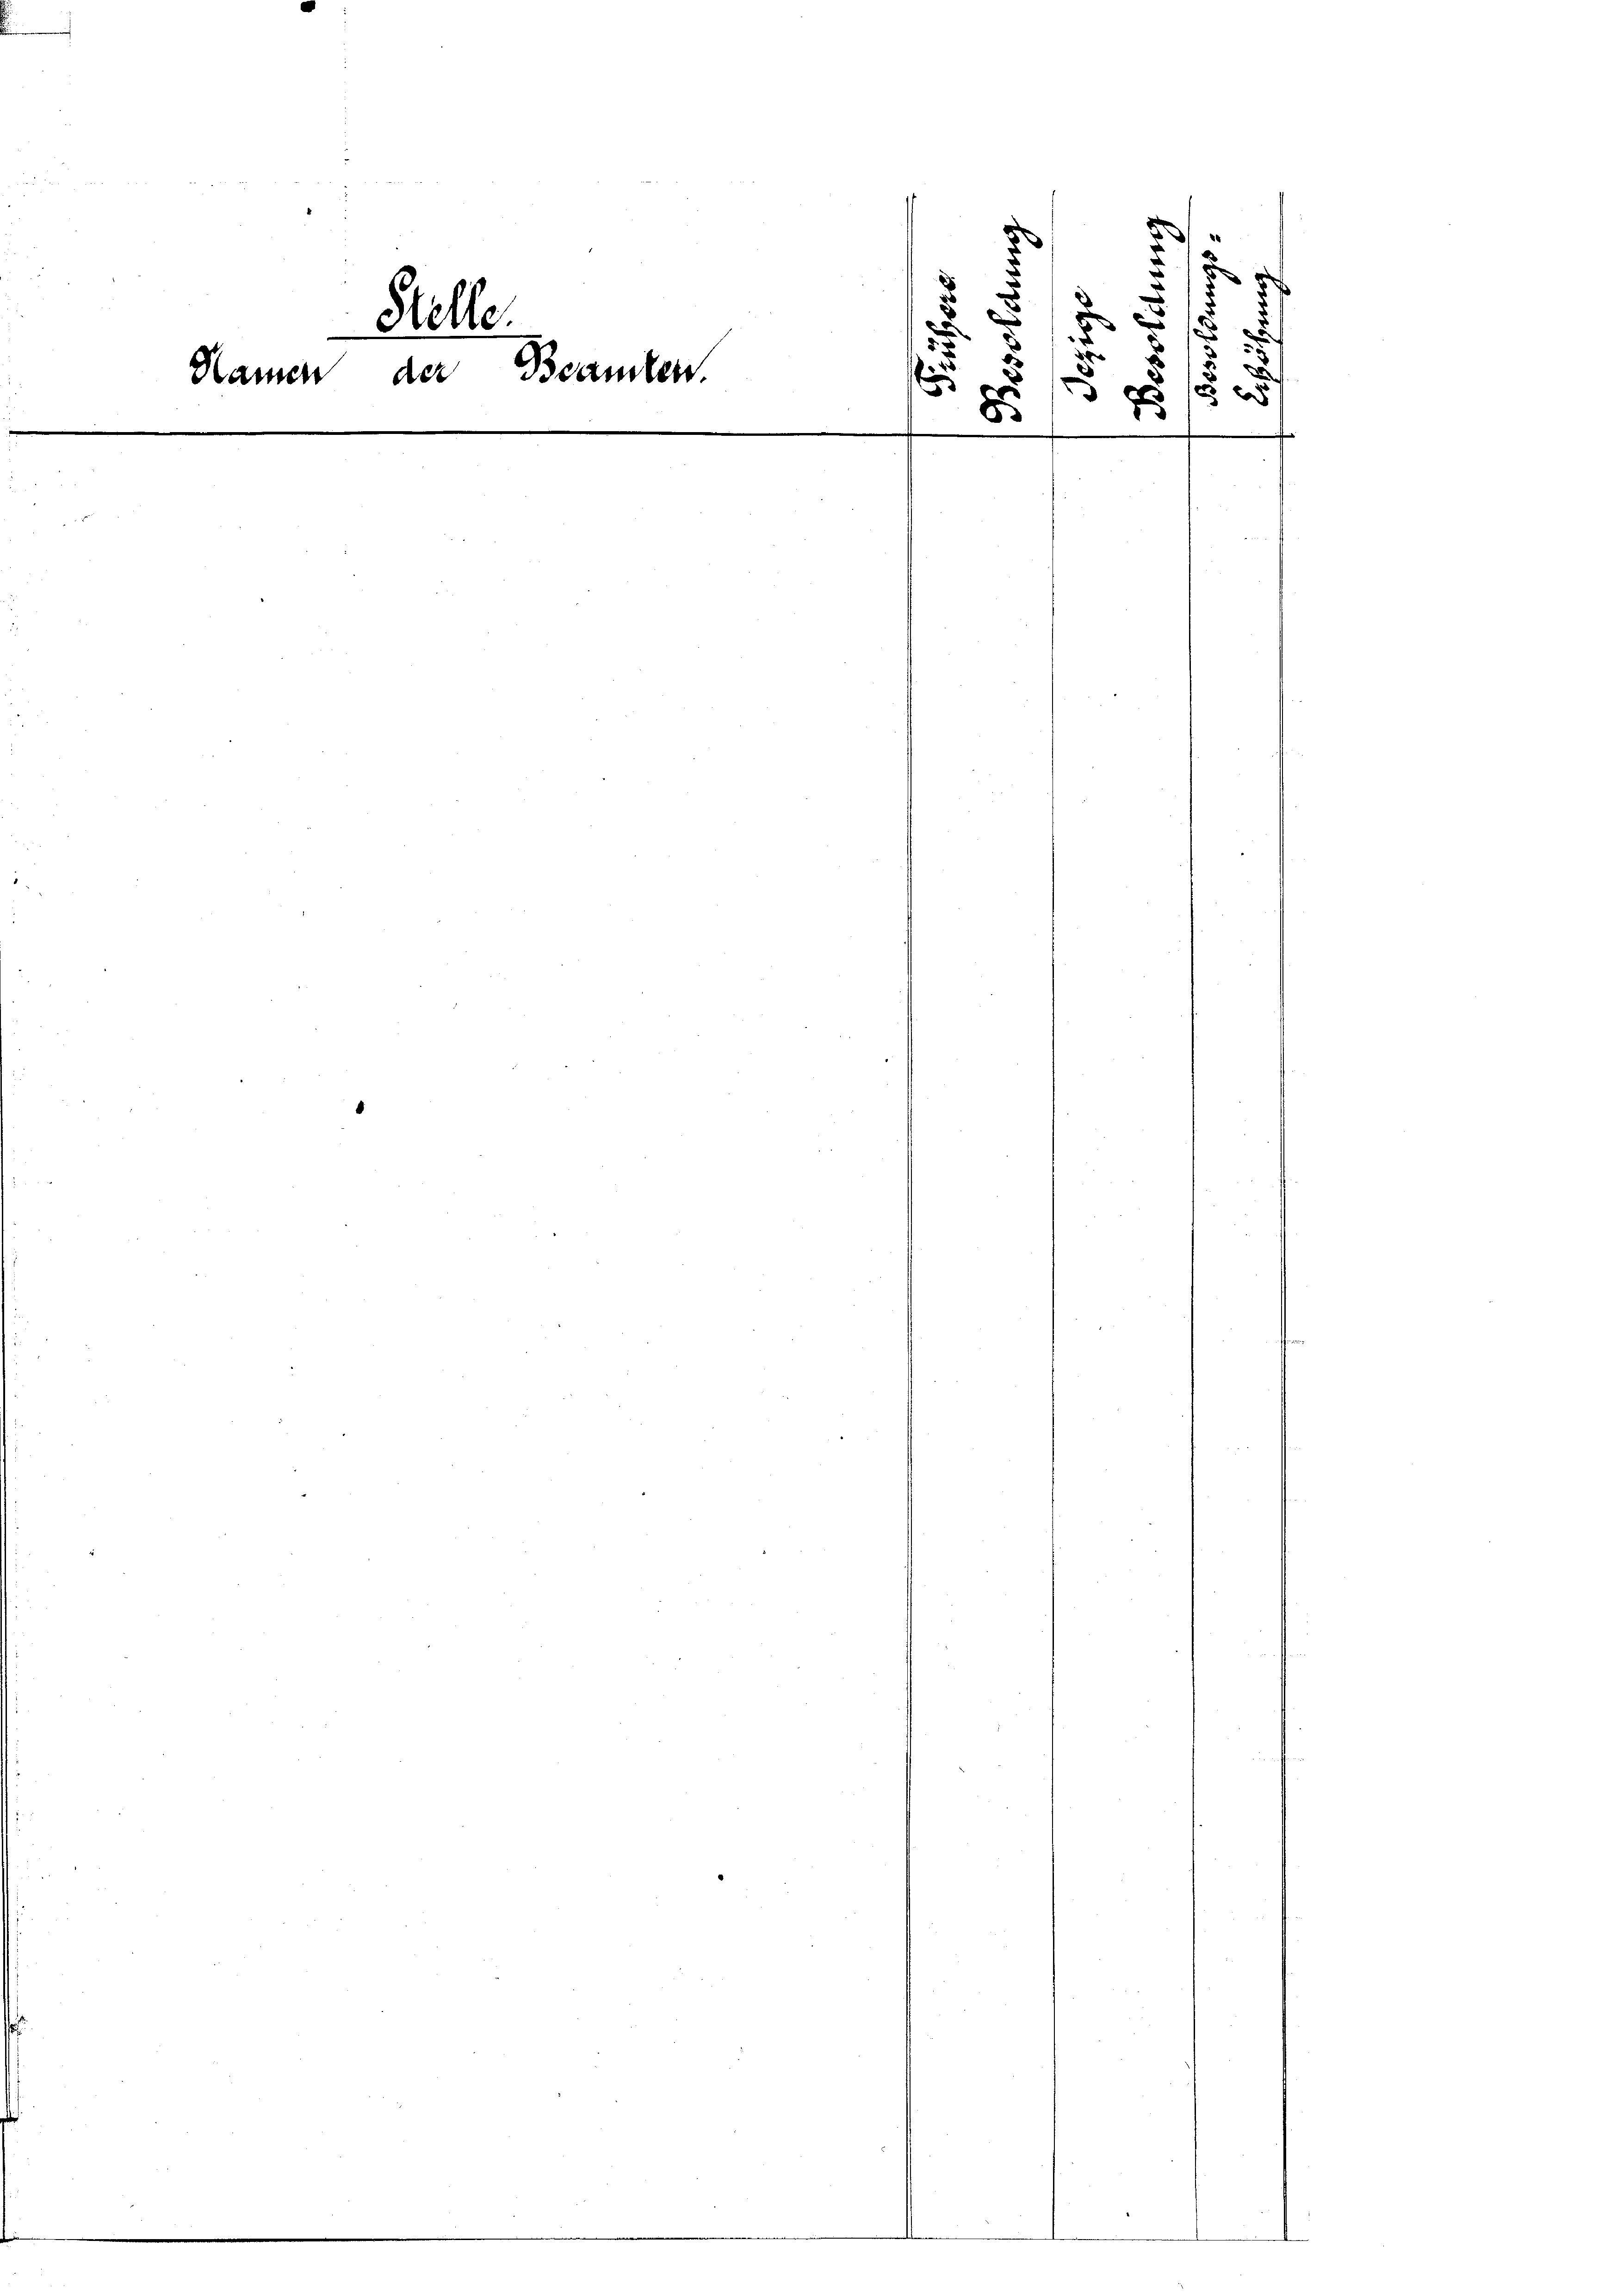
b
d
2
e
5
d
¬
d
e
eere.
3 x
¬
.
b
u
+
.
x
s
Namen der Beamten.
5 x
¬
32
 x
e
b
e
e
8